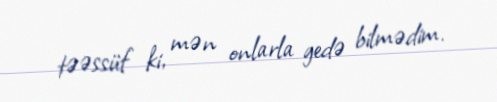
təəssüf ki, mən onlarla gedə bilmədim.